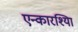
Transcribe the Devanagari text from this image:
एन्कारश्यिा